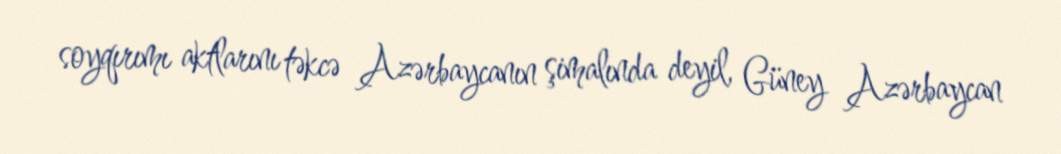
soyqırımı aktlarını təkcə Azərbaycanın şimalında deyil, Güney Azərbaycan